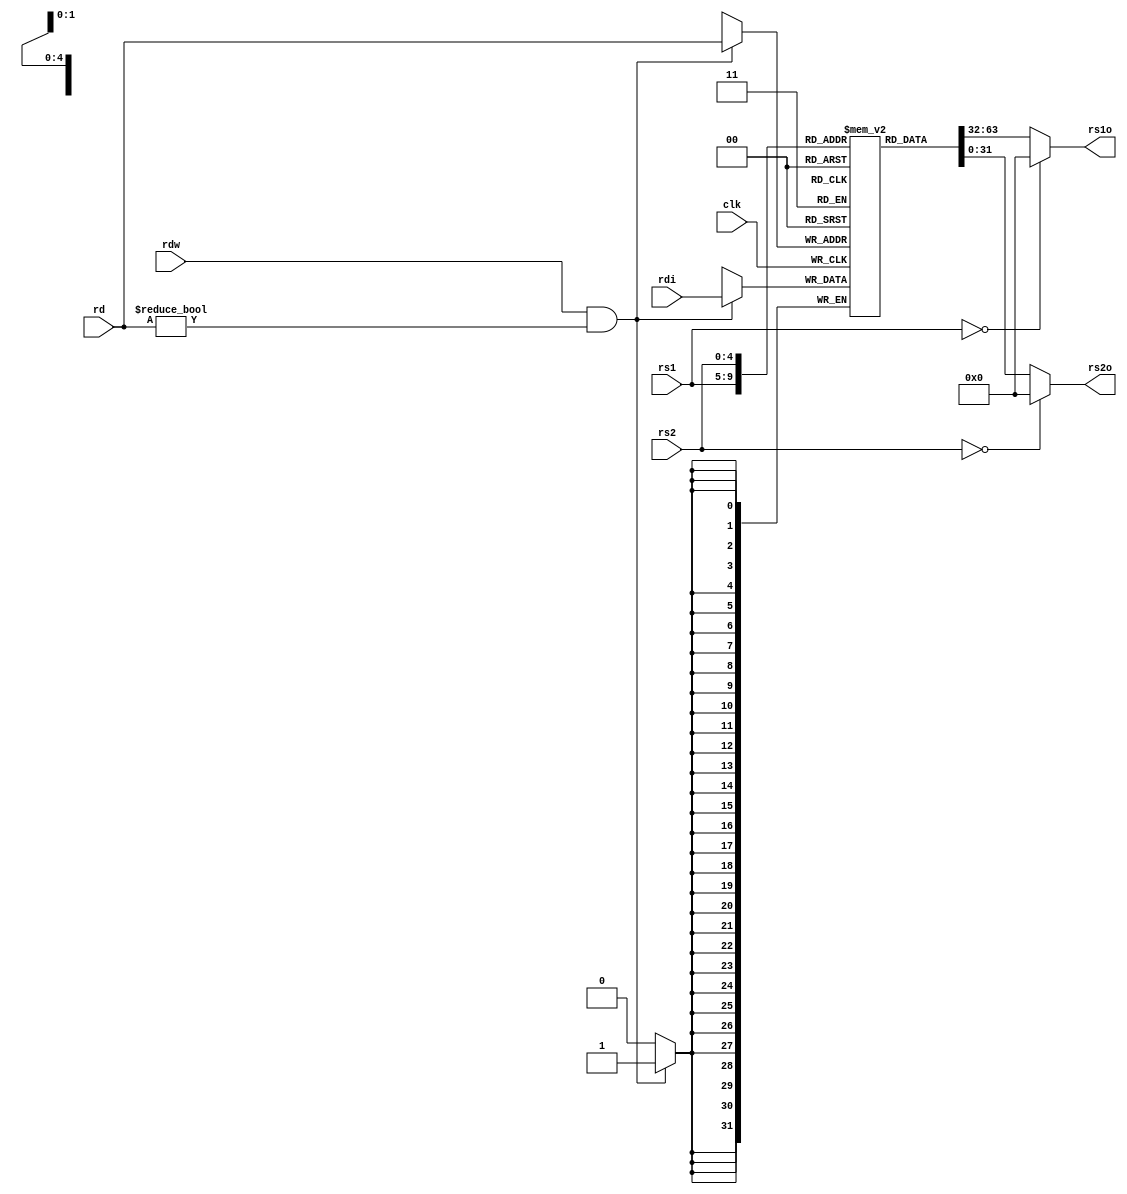
module GPR
(
    input [4:0]rs1,
    input [4:0]rs2,
    output [31:0]rs1o,
    output [31:0]rs2o,
    input [31:0]rdi,
    input [4:0]rd,
    input rdw,
    input clk
);
reg [31:0]regs[31:1];
assign rs1o=(rs1==0)?32'b0:regs[rs1];
assign rs2o=(rs2==0)?32'b0:regs[rs2];
always @(posedge clk)
begin
    if(rdw&rd!=0)
        regs[rd]<=rdi;
end

endmodule